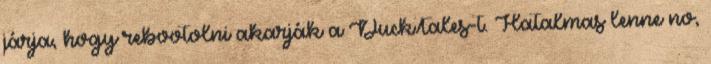
járja, hogy rebootolni akarják a DuckTales-t. Hatalmas lenne no,